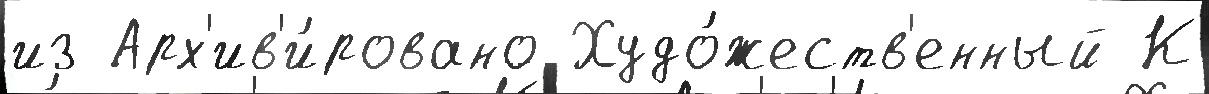
из Арх'ив'и́ровано Худо́жеств'енный К